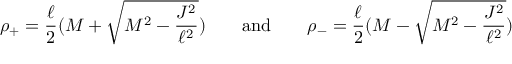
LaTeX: \rho _ { + } = \frac \ell 2 ( M + \sqrt { M ^ { 2 } - \frac { J ^ { 2 } } { \ell ^ { 2 } } } ) \qquad \mathrm { a n d } \qquad \rho _ { - } = \frac \ell 2 ( M - \sqrt { M ^ { 2 } - \frac { J ^ { 2 } } { \ell ^ { 2 } } } ) \qquad